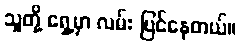
သူတို့ ရှေ့မှာ လမ်း ပြင်နေတယ်။